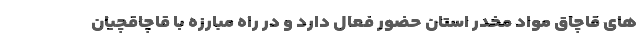
های قاچاق مواد مخدر استان حضور فعال دارد و در راه مبارزه با قاچاقچیان